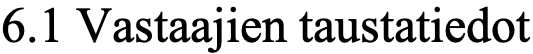
6.1 Vastaajien taustatiedot